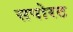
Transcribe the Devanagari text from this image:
सपोरट